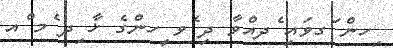
ިހން ަގވައި ެދއްވާ ދި ެވ ީހންގެ ޚާ ިދ ެމ ްއ